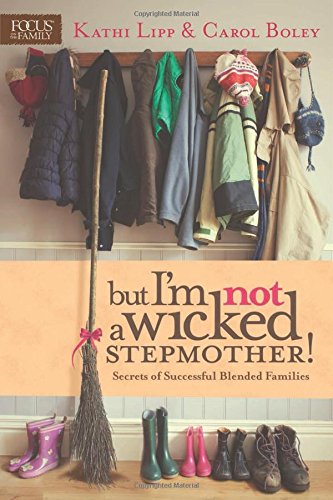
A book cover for But I'm NOT a Wicked Stepmother!: Secrets of Successful Blended Families; Kathi Lipp; Parenting & Relationships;